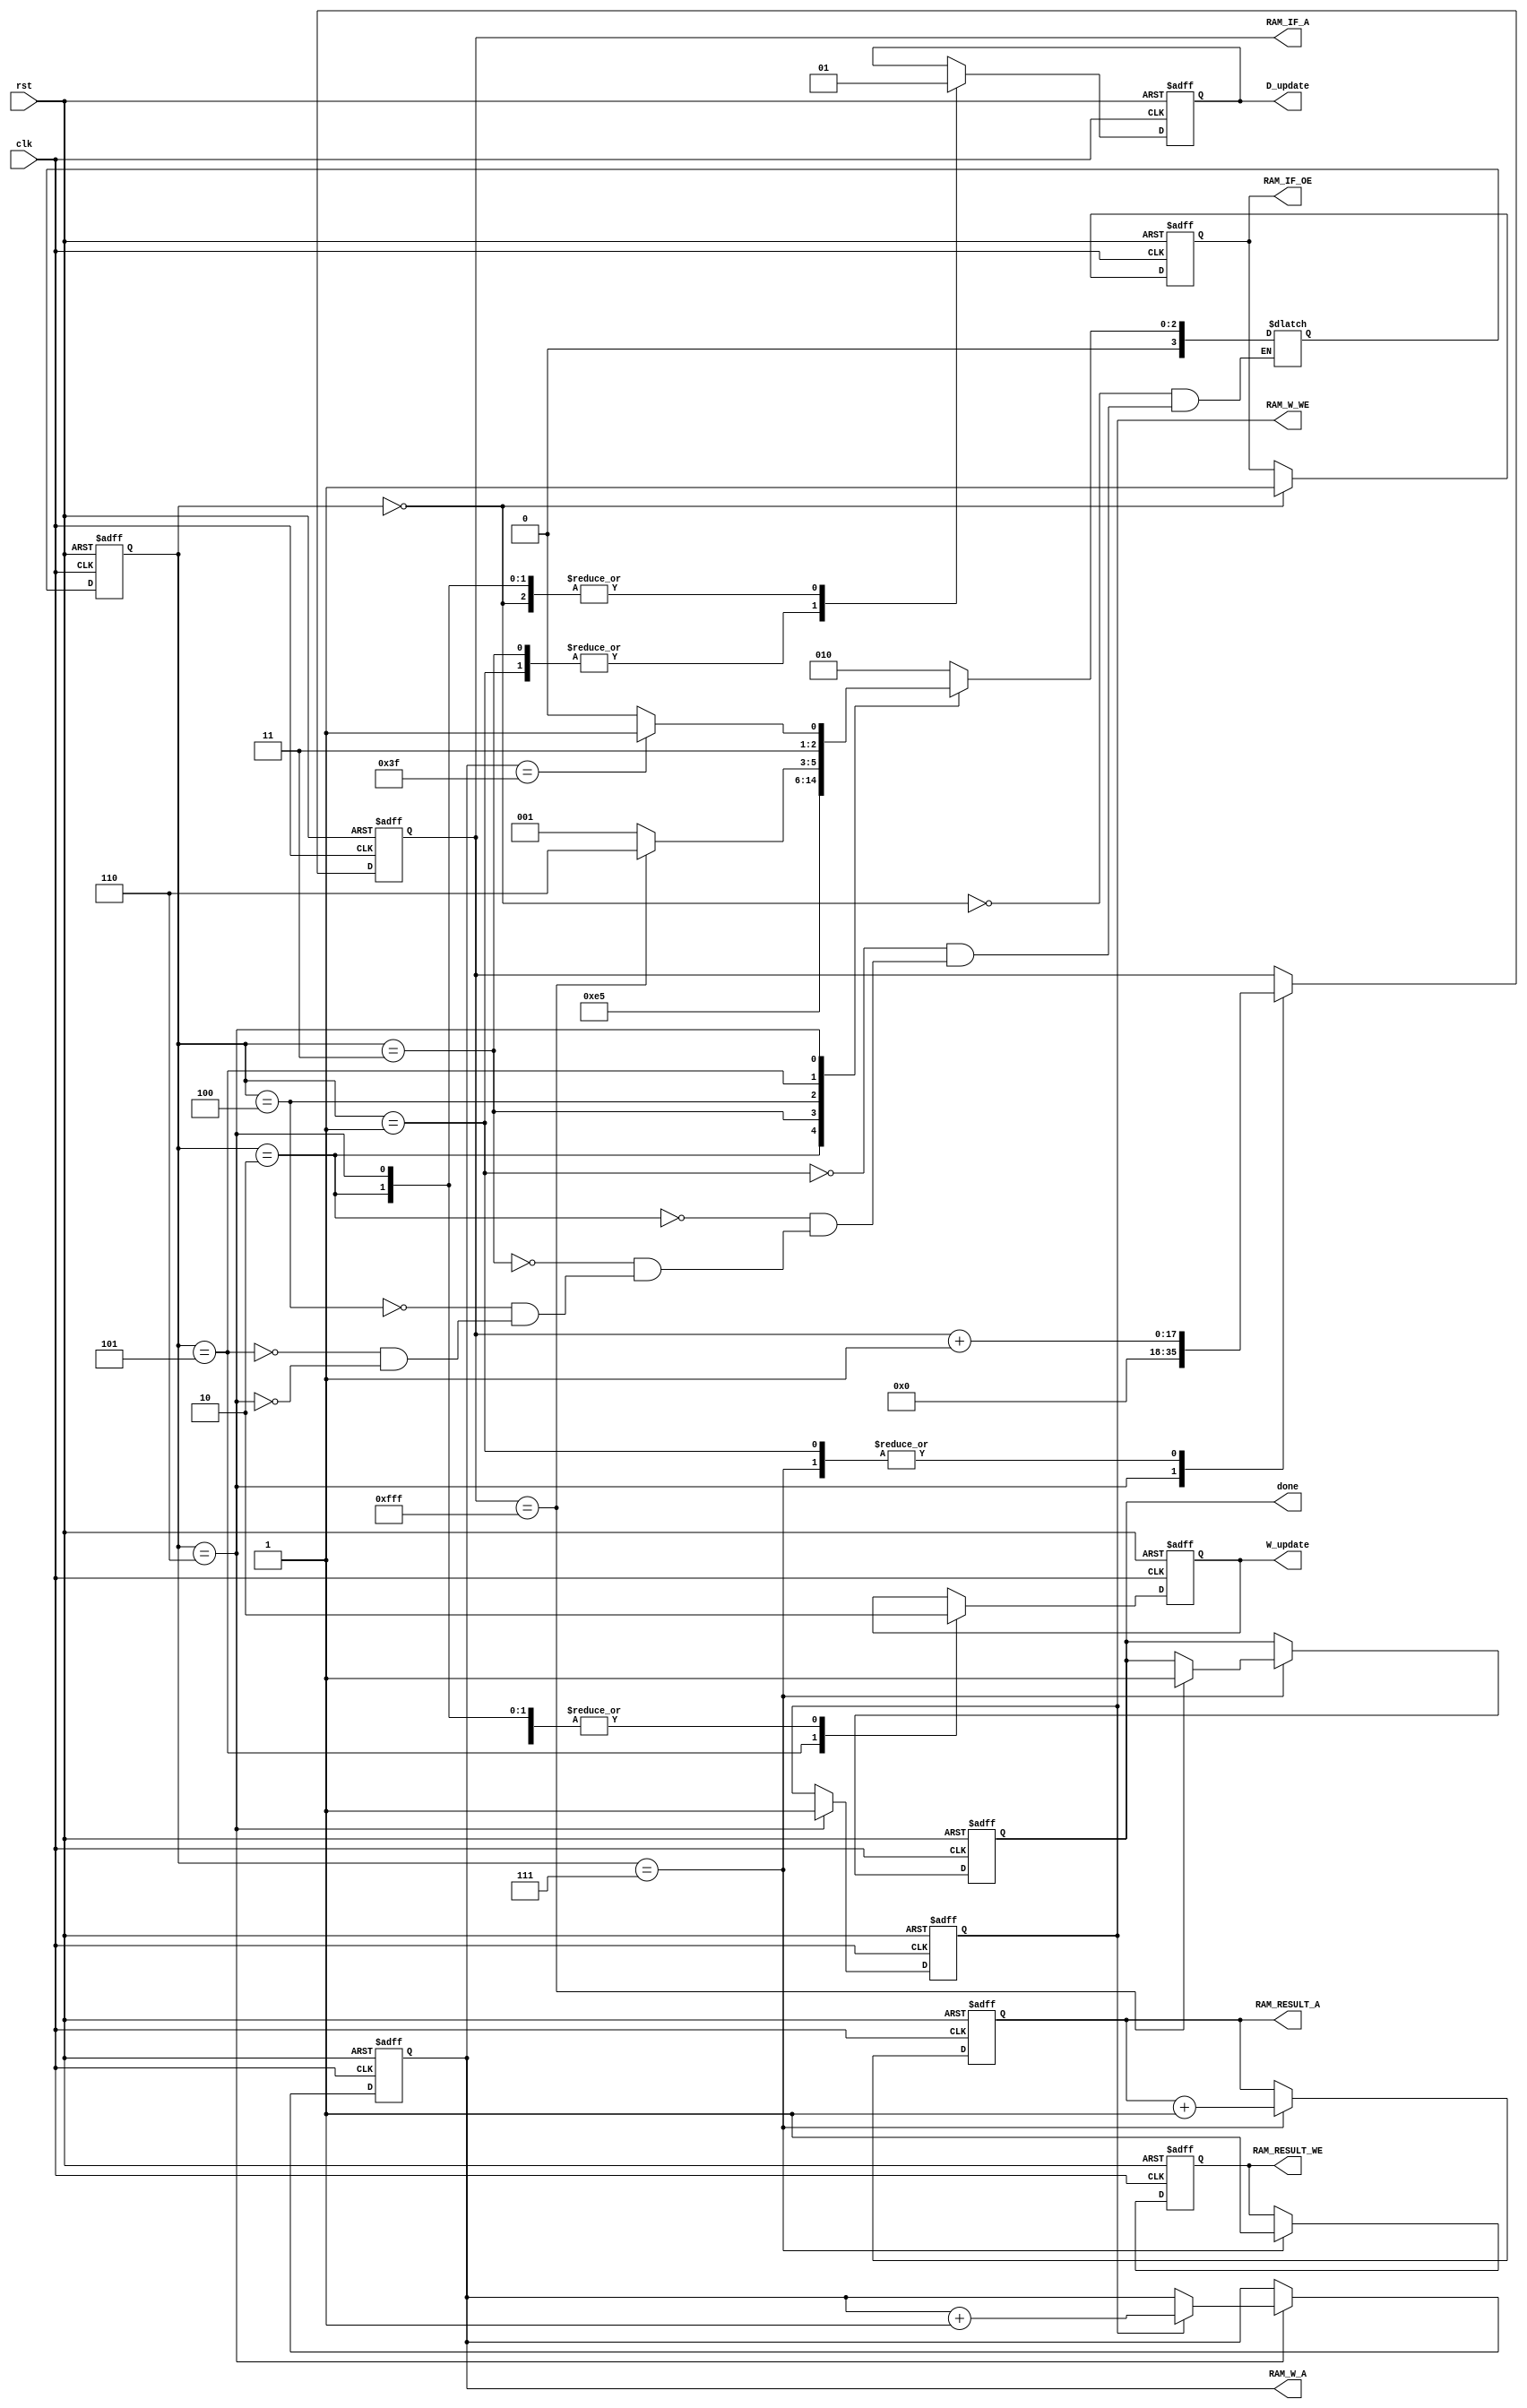
/////////////////////////////////////////////////////////////////////
// ---------------------- IVCAD 2022 Spring ---------------------- //
// ---------------------- Version : v.1.10  ---------------------- //
// ---------------------- Date : 2022.04.13 ---------------------- //
// --------------------- Controller module ------------------------//
// ----------------- Feb. 2022 Willie authored --------------------//
/////////////////////////////////////////////////////////////////////

module Controller(clk, rst, D_update, W_update, RAM_IF_A, RAM_IF_OE, RAM_W_A, RAM_W_WE, RAM_RESULT_A, RAM_RESULT_WE, done);


input clk;
input rst;

output reg D_update;
output reg W_update;
output reg [17:0] RAM_IF_A;
output reg RAM_IF_OE;
output reg [17:0] RAM_W_A;
output reg RAM_W_WE;
output reg [17:0] RAM_RESULT_A;
output reg RAM_RESULT_WE;
output reg done;

reg [3:0] cur_st,next_st;
	
parameter [3:0] INI      = 3'd0,
				READ     = 3'd1,
				MAN      = 3'd2,
				MIN      = 3'd3,
				SEL      = 3'd4,
				UPDATE   = 3'd5,
				W_WEIGHT = 3'd6,
				W_PIC    = 3'd7;
				//DONE   = 3'd8, 


always @(posedge clk or posedge rst) begin

	if (rst) begin
	    D_update      <= 1'b1;    //D(?)
	    W_update      <= 1'b0;
		RAM_IF_OE     <= 1'b0;
		RAM_W_WE      <= 1'b0;
		RAM_RESULT_WE <= 1'b0;
		done          <= 1'b0;
		RAM_IF_A      <= 18'd0;
		RAM_W_A       <= 18'd0-18'd1;
		RAM_RESULT_A  <= 18'd0-18'd1;
		cur_st        <= INI;
	end

	else begin

		cur_st <= next_st ;
		case(cur_st )
			INI:begin               //
				RAM_IF_OE <= 1'b1;
				W_update  <= 1'b0;
				D_update  <= 1'b1;
			end

			READ:begin              // RAM_IF_A 

				RAM_IF_A <= RAM_IF_A + 1'b1;              // RAM_IF_D top
				W_update  <= 1'b0;
				D_update  <= 1'b0;
			end

			MAN:begin               // VEP   d 
				D_update  <= 1'b1;
				W_update  <= 1'b0;
			end

			MIN:begin
				D_update  <= 1'b0;
			end

			SEL:begin
				
			end

			UPDATE:begin
				W_update  <= 1'b1;
			end

			W_WEIGHT:begin
			    W_update  <= 1'b0;
			    D_update  <= 1'b1;
				RAM_W_WE  <= 1'b1;
				RAM_IF_A  <= 18'd0;    //
				if(RAM_W_WE)
					RAM_W_A   <= RAM_W_A +1'b1;
			end

			W_PIC:begin
				RAM_IF_A  <= RAM_IF_A + 1'b1;
				RAM_RESULT_WE <= 1;
				RAM_RESULT_A <= RAM_RESULT_A +1'b1;
				if(RAM_IF_A==18'd4095)
					done <= 1;
			end

		endcase
		
	end
	
end


always@(*)begin

	case(cur_st)

		INI:begin
			next_st = MAN;
		end

		READ:begin
			next_st = MAN;
		end

		MAN:begin
			next_st = MIN;
		end

		MIN:begin
			next_st = SEL;
		end

		SEL:begin
			next_st = UPDATE;
		end

		UPDATE:begin
			next_st = (RAM_IF_A == 18'd4095)? W_WEIGHT : READ;
		end

		W_WEIGHT:begin
			next_st = (RAM_W_A == 18'd63)? W_PIC : W_WEIGHT;
		end

		W_PIC:begin
			
		end

	endcase
	
end


endmodule